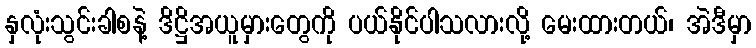
နှလုံးသွင်းခါစနဲ့ ဒိဋ္ဌိအယူမှားတွေကို ပယ်နိုင်ပါသလားလို့ မေးထားတယ်၊ အဲဒီမှာ